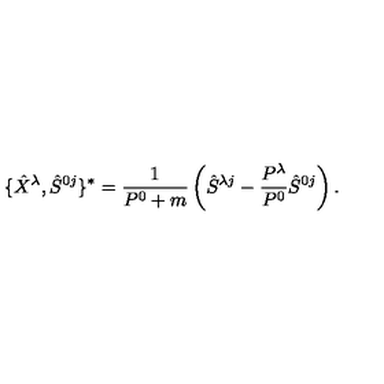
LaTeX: \{ \hat { X } ^ { \lambda } , \hat { S } ^ { 0 j } \} ^ { * } = \frac { 1 } { P ^ { 0 } + m } \left( \hat { S } ^ { \lambda j } - \frac { P ^ { \lambda } } { P ^ { 0 } } \hat { S } ^ { 0 j } \right) .